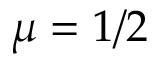
\mu = 1 / 2